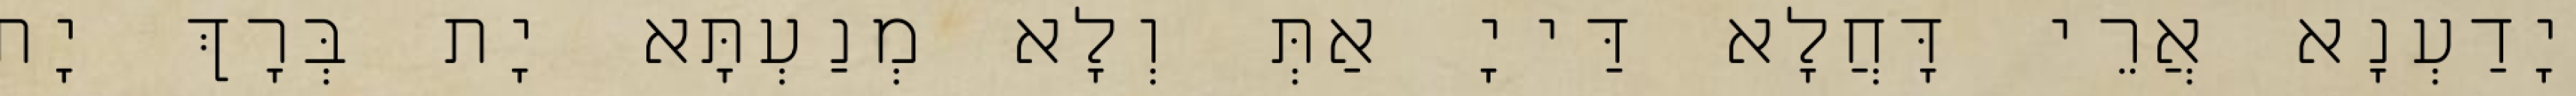
יָדַעְנָא אֲרֵי דָּחֲלָא דַּייָ אַתְּ וְלָא מְנַעְתָּא יָת בְּרָךְ יָת